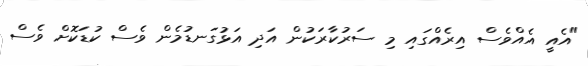
"އެއީ އެއްވެސް އިރެއްގައި މި ސަރުކާރަކުން އަދި އަޅުގަނޑުމެން ވެސް ކުޑަކޮށް ވެސް